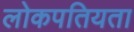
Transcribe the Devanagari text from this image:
लोकपतियता